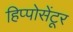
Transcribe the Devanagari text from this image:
हिप्पोसेंटूर